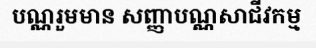
បណ្ណរួមមាន សញ្ញាបណ្ណសាជីវកម្ម